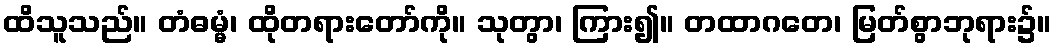
ထိသူသည်။ တံဓမ္မံ၊ ထိုတရားတော်ကို။ သုတွာ၊ ကြား၍။ တထာဂတေ၊ မြတ်စွာဘုရား၌။